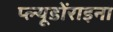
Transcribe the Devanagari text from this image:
प्ल्यूडोंराइना